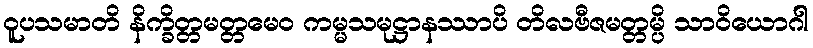
ဝူပသမာတိ နိက္ခိတ္တမတ္တမေဝ ကမ္မသမုဋ္ဌာနဿာပိ တိလဗီဇမတ္တမ္ပိ သာဝိယောဂါ